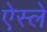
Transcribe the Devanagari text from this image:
ऐस्ले